Vaccination in Burma 1920-1933 - 1920-1933
Year: 1920
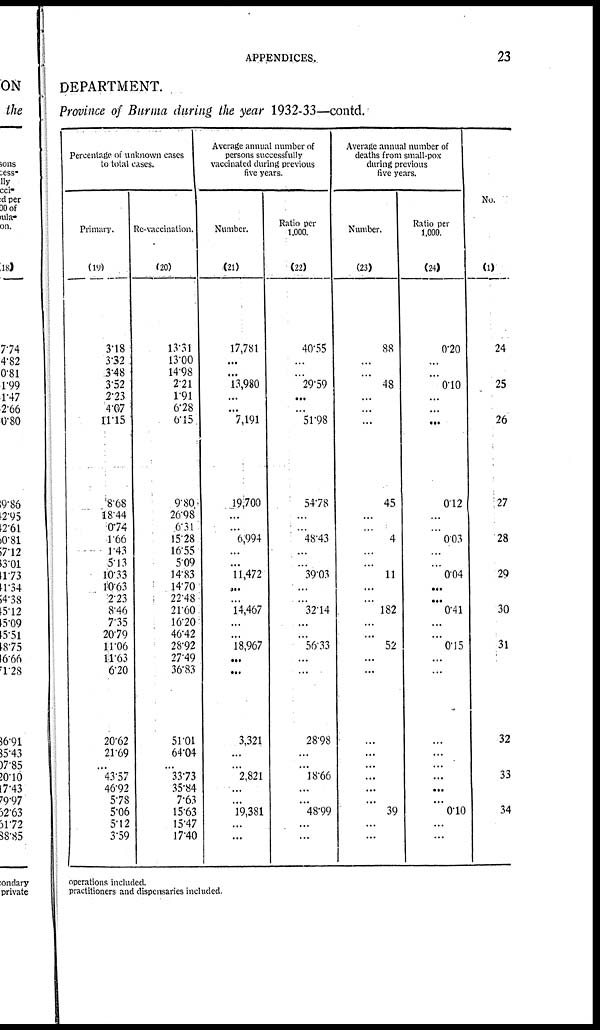
APPENDICES.
23
DEPARTMENT.
Province of Burma during the year 1932-33—contd.
Percentage of unknown cases
to total cases.
Primary.
(19)
3.18
3.32
3.48
3.52
2.23
4.07
11.15
8.68
18.44
0.74
1.66
1.43
5.13
10.33
10.63
2.23
8.46
7.35
20.79
11.06
11.63
6.20
20.62
21.69
...
43.57
46.92
5.78
5.06
5.12
3.59
Re-vaccination.
(20)
13.31
13.00
14.98
2.21
1.91
6.28
6.15
9.80
26.98
6.31
15.28
16.55
5.09
14.83
14.70
22.48
21.60
16.20
46.42
28.92
27.49
36.83
51.01
64.04
...
33.73
35.84
7.63
15.63
15.47
17.40
Average annual number of
persons successfully
vaccinated during previous
five years.
Number.
(21)
17,781
...
...
13,980
...
...
7,191
19,700
...
...
6,994
...
...
11,472
...
...
14,467
...
...
18,967
...
...
3,321
...
...
2,821
...
...
19,381
...
...
Ratio per
1,000.
(22)
40.55
...
...
29.59
...
...
51.98
54.78
...
...
48.43
...
...
39.03
...
...
32.14
...
...
56.33
...
...
28.98
...
...
18.66
...
...
48.99
...
...
Average annual number of
deaths from small-pox
during previous
five years.
Number.
(23)
88
...
...
48
...
...
...
45
...
...
4
...
...
11
...
...
182
...
...
52
...
...
...
...
...
...
...
...
39
...
...
Ratio per
1,000.
(24)
0.20
...
...
0.10
...
...
...
0.12
...
...
0.03
...
...
0.04
...
...
0.41
...
...
0.15
...
...
...
...
...
...
...
...
0.10
...
...
No.
(1)
24
25
26
27
28
29
30
31
32
33
34
operations included.
practitioners and dispensaries included.